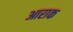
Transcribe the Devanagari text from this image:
आराक